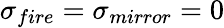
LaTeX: \sigma_{fire}=\sigma_{mirror}=0